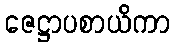
ဇေဋ္ဌာပစာယိကာ